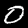
Digit: 0